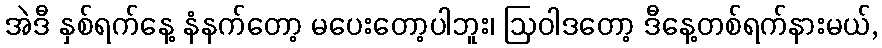
အဲဒီ နှစ်ရက်နေ့ နံနက်တော့ မပေးတော့ပါဘူး၊ ဩဝါဒတော့ ဒီနေ့တစ်ရက်နားမယ်,